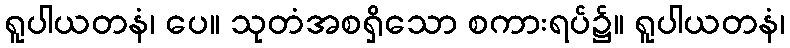
ရူပါယတနံ၊ ပေ။ သုတံအစရှိသော စကားရပ်၌။ ရူပါယတနံ၊